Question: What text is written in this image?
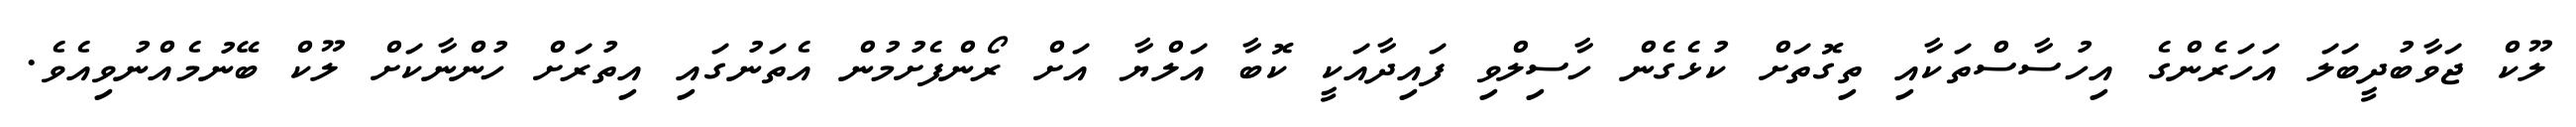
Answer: ލޫކް ޖަވާބުދީބަލަ އަހަރެންގެ އިހުސާސްތަކާއި ތިގޮތަށް ކުޅެގެން ހާސިލްވި ފައިދާއަކީ ކޮބާ އަލްޔާ އަށް ރޯންފެށުމުން އެތަނުގައި އިތުރަށް ހުންނާކަށް ލޫކް ބޭނުމެއްނުވިއެވެ.